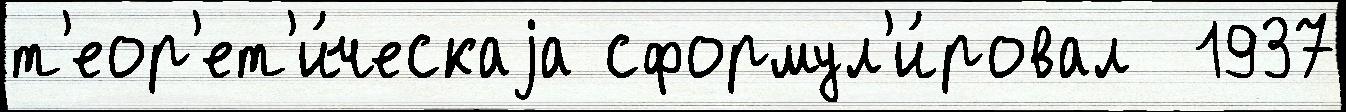
т'еор'ет'и́ческаjа сформул'и́ровал  1937